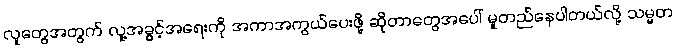
လူတွေအတွက် လူ့အခွင့်အရေးကို အကာအကွယ်ပေးဖို့ ဆိုတာတွေအပေါ် မူတည်နေပါတယ်လို့ သမ္မတ